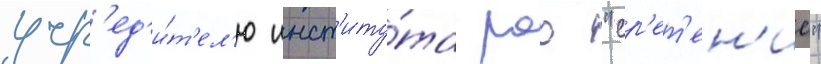
учр'ед'и́т'ел'ю инст'иту́та роо "ср'ет'ен'ие"